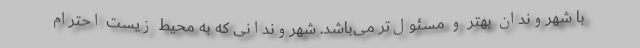
با شهروندان بهتر و مسئول‌تر می‌باشد. شهروندانی که به محیط زیست احترام